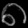
Digit: ၈